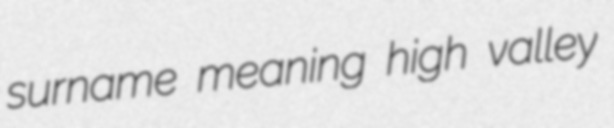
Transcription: surname meaning high valley